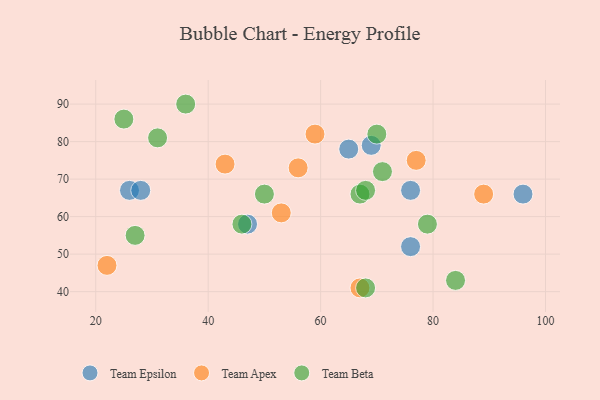
{"axis": {"x": "GDP", "y": "Life Expectancy"}, "legend": ["Team Apex", "Team Beta", "Team Epsilon"], "data": [{"x": "47", "y": 58, "type": "Team Epsilon"}, {"x": "65", "y": 78, "type": "Team Epsilon"}, {"x": "96", "y": 66, "type": "Team Epsilon"}, {"x": "69", "y": 79, "type": "Team Epsilon"}, {"x": "76", "y": 67, "type": "Team Epsilon"}, {"x": "76", "y": 52, "type": "Team Epsilon"}, {"x": "26", "y": 67, "type": "Team Epsilon"}, {"x": "28", "y": 67, "type": "Team Epsilon"}, {"x": "22", "y": 47, "type": "Team Apex"}, {"x": "59", "y": 82, "type": "Team Apex"}, {"x": "89", "y": 66, "type": "Team Apex"}, {"x": "67", "y": 41, "type": "Team Apex"}, {"x": "56", "y": 73, "type": "Team Apex"}, {"x": "77", "y": 75, "type": "Team Apex"}, {"x": "43", "y": 74, "type": "Team Apex"}, {"x": "53", "y": 61, "type": "Team Apex"}, {"x": "27", "y": 55, "type": "Team Beta"}, {"x": "79", "y": 58, "type": "Team Beta"}, {"x": "68", "y": 41, "type": "Team Beta"}, {"x": "31", "y": 81, "type": "Team Beta"}, {"x": "46", "y": 58, "type": "Team Beta"}, {"x": "71", "y": 72, "type": "Team Beta"}, {"x": "25", "y": 86, "type": "Team Beta"}, {"x": "36", "y": 90, "type": "Team Beta"}, {"x": "70", "y": 82, "type": "Team Beta"}, {"x": "84", "y": 43, "type": "Team Beta"}, {"x": "67", "y": 66, "type": "Team Beta"}, {"x": "50", "y": 66, "type": "Team Beta"}, {"x": "68", "y": 67, "type": "Team Beta"}]}